Civil Veterinary Dept. North-West Frontier Province 1923-32 - 1923-1932
Year: 1923
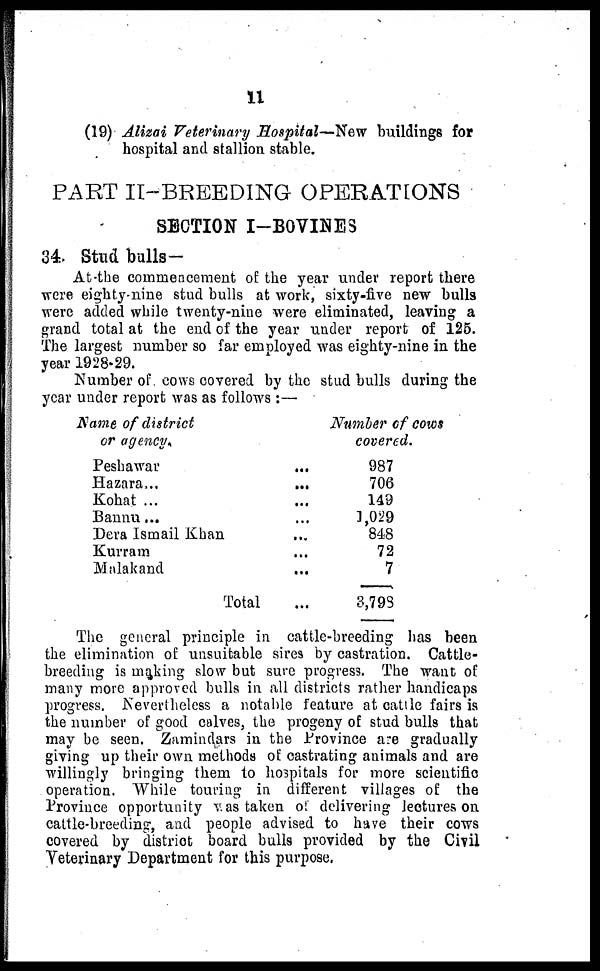
11
(19) Alizai Veterinary Hospital—New buildings for
hospital and stallion stable.
PART II—BREEDING OPERATIONS
SECTION I—BOVINES
34. Stud bulls -
At the commencement of the year under report there
were eighty-nine stud bulls at work, sixty-five new bulls
were added while twenty-nine were eliminated, leaving a
grand total at the end of the year under report of 125.
The largest number so far employed was eighty-nine in the
year 1928-29.
Number of cows covered by the stud bulls during the
year under report was as follows :—
Name of district
or agency.
Peshawar ...
Hazara ... ...
Kohat ... ...
Bannu ... ...
Dera Ismail Khan ...
Kurram ...
Malakand ...
Total ...
Number of cows
covered.
987
706
149
1,029
848
72
7
3,798
The general principle in cattle-breeding has been
the elimination of unsuitable sires by castration. Cattle-
breeding is making slow but sure progress. The want of
many more approved bulls in all districts rather handicaps
progress. Nevertheless a notable feature at cattle fairs is
the number of good calves, the progeny of stud bulls that
may be seen. Zamindars in the Province are gradually
giving up their own methods of castrating animals and are
willingly bringing them to hospitals for more scientific
operation. While touring in different villages of the
Province opportunity was taken of delivering lectures on
cattle-breeding, and people advised to have their cows
covered by district board bulls provided by the Civil
Veterinary Department for this purpose.